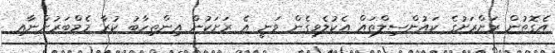
އެގޮތުން ރަށްރަށުގެ ކައުންސިލްތައް އެކުލެވިގެން ވަނީ އެ ރަށަކުން އިންތިހާބު ކުރާ މެމްބަރުންނާއި